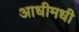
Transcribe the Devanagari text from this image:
आधीमधी